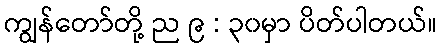
ကျွန်တော်တို့ ည ၉ : ၃၀မှာ ပိတ်ပါတယ်။